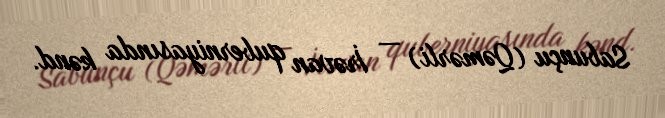
Sabunçu (Qəmərli) — İrəvan quberniyasında kənd.